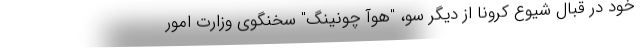
خود در قبال شیوع کرونا از دیگر سو، "هوآ چونینگ" سخنگوی وزارت امور